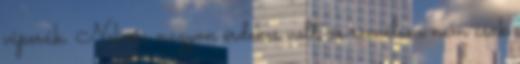
viperák. Nekem nagyon érdekes volt, és remélem nem csak